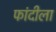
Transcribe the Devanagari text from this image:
फांदीला